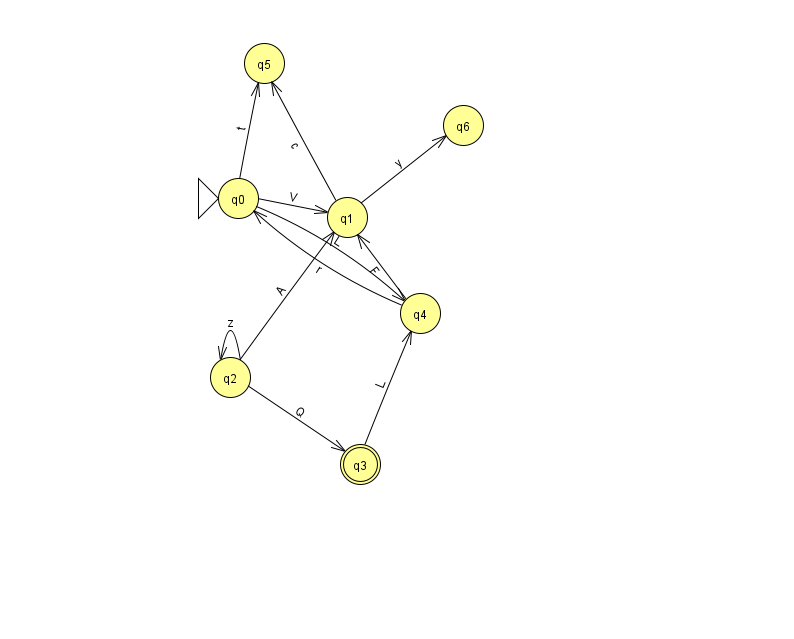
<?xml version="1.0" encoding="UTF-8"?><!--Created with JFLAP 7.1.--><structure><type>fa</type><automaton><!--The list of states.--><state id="0" name="q0"><x>238.0</x><y>185.0</y><initial/></state><state id="1" name="q1"><x>347.0</x><y>204.0</y></state><state id="2" name="q2"><x>230.0</x><y>364.0</y></state><state id="3" name="q3"><x>360.0</x><y>451.0</y><final/></state><state id="4" name="q4"><x>420.0</x><y>300.0</y></state><state id="5" name="q5"><x>264.0</x><y>50.0</y></state><state id="6" name="q6"><x>463.0</x><y>112.0</y></state><!--The list of transitions.--><transition><from>3</from><to>4</to><read>L</read></transition><transition><from>1</from><to>6</to><read>y</read></transition><transition><from>2</from><to>1</to><read>A</read></transition><transition><from>0</from><to>4</to><read>L</read></transition><transition><from>2</from><to>3</to><read>Q</read></transition><transition><from>0</from><to>1</to><read>V</read></transition><transition><from>4</from><to>0</to><read>r</read></transition><transition><from>0</from><to>5</to><read>t</read></transition><transition><from>2</from><to>2</to><read>z</read></transition><transition><from>4</from><to>1</to><read>F</read></transition><transition><from>1</from><to>5</to><read>c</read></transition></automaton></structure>